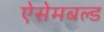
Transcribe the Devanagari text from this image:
ऐसेमबल्ड